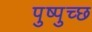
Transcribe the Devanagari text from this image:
पुष्पुच्छ